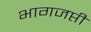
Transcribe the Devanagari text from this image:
भागजप्ती